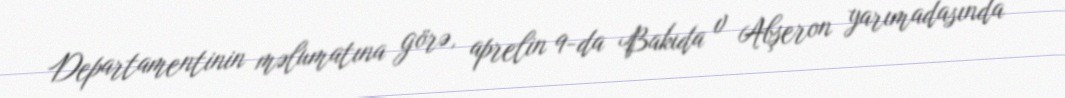
Departamentinin məlumatına görə, aprelin 9-da Bakıda v Abşeron yarımadasında